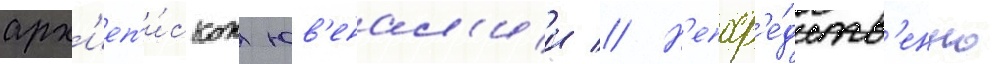
арх'иеп'и́скоп юв'енал'ии // Н'епоср'е́дств'енно